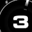
Digit: 3